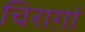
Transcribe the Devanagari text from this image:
चिराग़ां